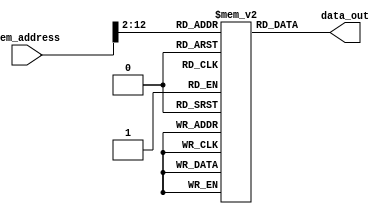
module inst_mem (
  input [31:0] mem_address,
  output [31:0] data_out
);

integer i;

wire [10:0] rom_addr = mem_address[12:2];

reg [31:0] rom [2047:0];

initial  
      begin  
                rom[0] = 32'h00000000;
                rom[1] = 32'h14020001;
                rom[2] = 32'h1403000F;
                rom[3] = 32'h14040014;
                rom[4] = 32'h00A42800;
                rom[5] = 32'h00621801;
                rom[6] = 32'h0C030007;
                rom[7] = 32'h10000004;
                rom[8] = 32'h00000000;

                for (i = 9; i <= 2047; i++) begin
                  rom[i] = 32'd0;
                end
                
      end

assign data_out = rom[rom_addr];

endmodule